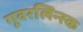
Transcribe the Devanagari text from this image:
गूबरलिन्स्क